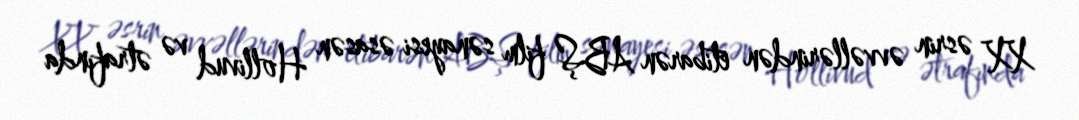
XX əsrin əvvəllərindən etibarən ABŞ film sənayesi əsasən Hollivud və ətrafında